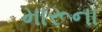
મારૂના